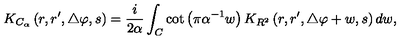
K _ { C _ { \alpha } } \left( r , r ^ { \prime } , \triangle \varphi , s \right) = { \frac { i } { 2 \alpha } } \int _ { C } \cot \left( \pi \alpha ^ { - 1 } w \right) K _ { R ^ { 2 } } \left( r , r ^ { \prime } , \triangle \varphi + w , s \right) d w ,